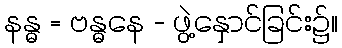
နန္ဓ = ဗန္ဓနေ - ဖွဲ့နှောင်ခြင်း၌။